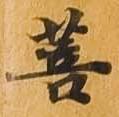
菩